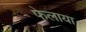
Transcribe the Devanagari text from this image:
फेलाया